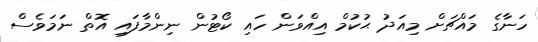
ހަނާގެ މައްޗަށް މިއަދު ޙުކުމް އިއްވަން ހައި ކޯޓުން ނިންމާފައި އޮތް ނަމަވެސް